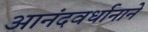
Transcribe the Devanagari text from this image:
आनंदवर्धानाने